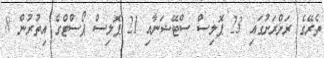
ތެރޭގެ ރަށްރަށުގައި 23 ޕޮލިސް ސްޓޭޝަނާއި 21 ޕޮލިސް ޕޯސްޓްގެ އިތުރުން 8